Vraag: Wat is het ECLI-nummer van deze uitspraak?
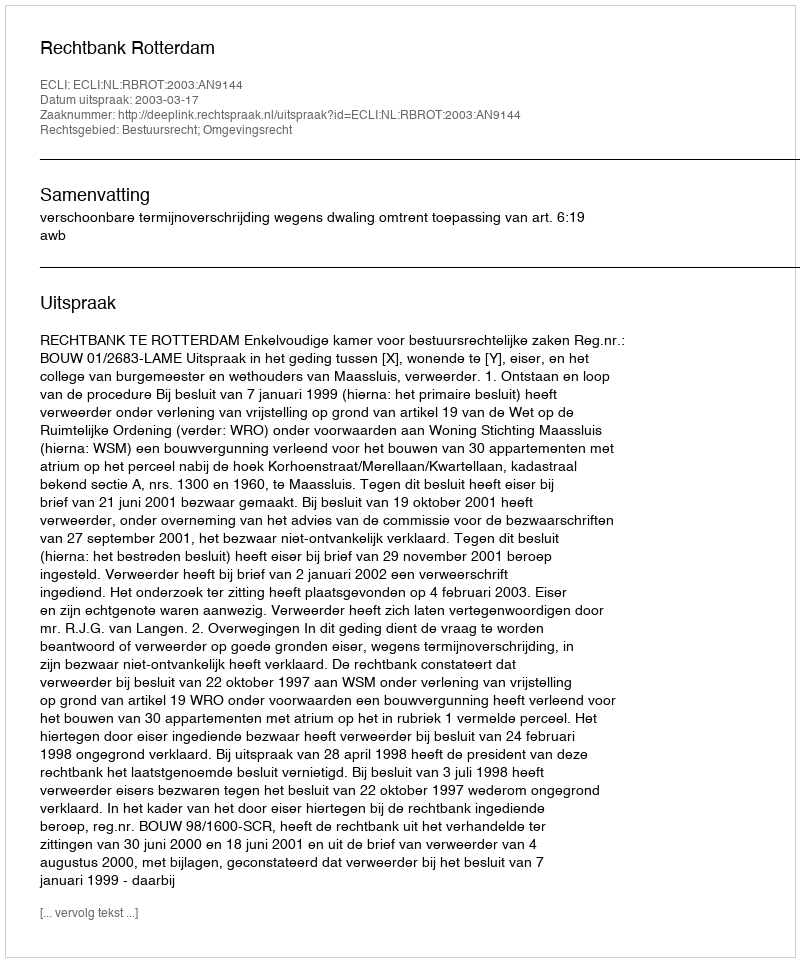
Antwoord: ECLI:NL:RBROT:2003:AN9144